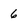
Character: 6